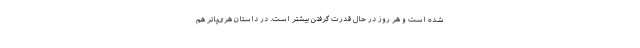
شده است و هر روز در حال قدرت گرفتن بیشتر است. در داستان هری‌پاتر هم